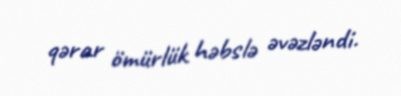
qərar ömürlük həbslə əvəzləndi.